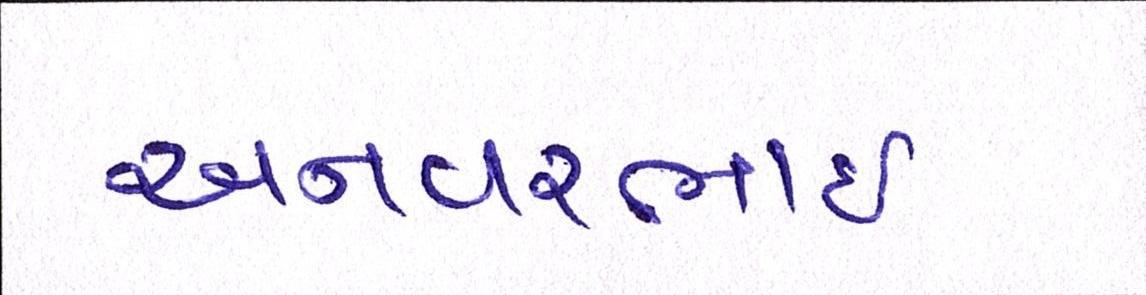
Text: અનવરભાઈ